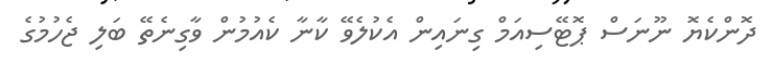
ދޮންކެޔޮ ނޫނަސް ޕޮޓޭސިއަމް ގިނައިން އެކުލެވޭ ކާނާ ކެއުމުން ވާގިނެތޭ ބަލި ޖެހުމުގެ